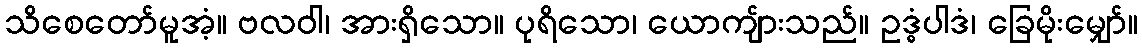
သိစေတော်မူအံ့။ ဗလဝါ၊ အားရှိသော။ ပုရိသော၊ ယောကျ်ားသည်။ ဥဒ္ဓံပါဒံ၊ ခြေမိုးမျှော်။